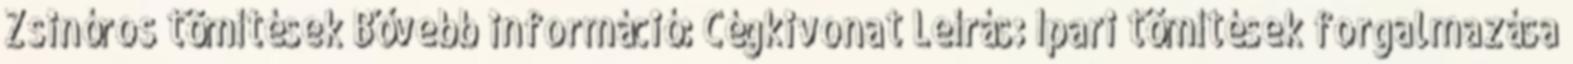
Zsinóros tömítések Bővebb információ: Cégkivonat Leírás: Ipari tömítések forgalmazása